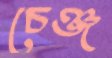
চেঞ্জ